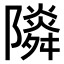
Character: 𨽃